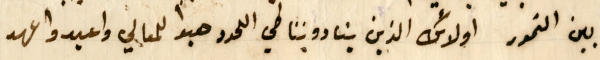
بين النمور اولائك الذين ينادوننا في اللحدد هبوا للمعالي واعيدوا عهد